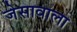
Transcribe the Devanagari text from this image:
जेसावाला